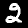
Digit: 2